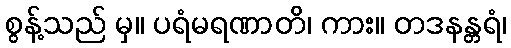
စွန့်သည် မှ။ ပရံမရဏာတိ၊ ကား။ တဒနန္တရံ၊